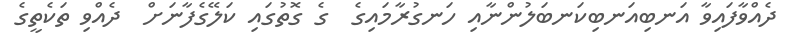
ދެއްވާފައިވާ އަނބިއަނބިކަނބަލުންނާއި ހަނގުރާމައިގެ  ގެ ގޮތުގައި ކަލޭގެފާނަށް  ދެއްވި ތަކެތީގެ